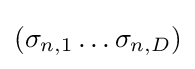
(\sigma _{n,1}\ldots \sigma _{n,D})